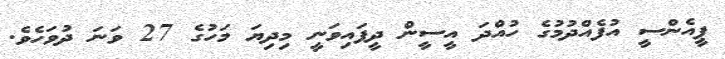
ޕީއެންސީ އުފެއްދުމުގެ ހުއްދަ އީސީން ދީފައިވަނީ މިދިޔަ މަހުގެ 27 ވަނަ ދުވަހެވެ.